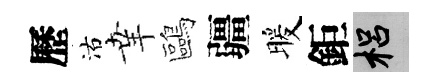
歷沽𦍒鷗疆暖鉅梠